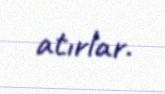
atırlar.